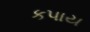
કપાય